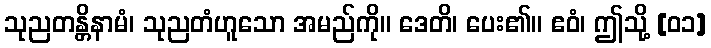
သုညတန္တိနာမံ၊ သုညတံဟူသော အမည်ကို။ ဒေတိ၊ ပေး၏။ ဧဝံ၊ ဤသို့ [၀၁]